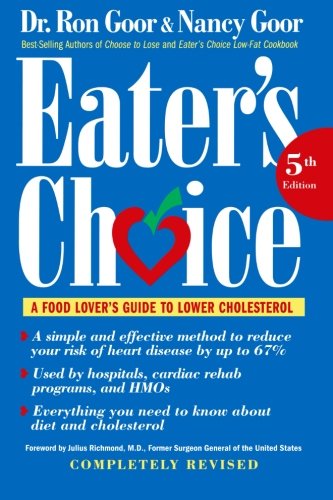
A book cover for Eater's Choice: A Food Lover's Guide to Lower Cholesterol; Ronald S. Goor Dr.; Cookbooks, Food & Wine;